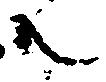
共